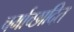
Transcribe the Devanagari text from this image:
चर्माच्छादित